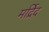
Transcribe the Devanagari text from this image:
मर्द्रिद